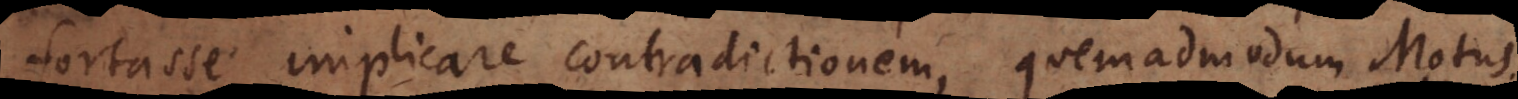
fortasse implicare contradictionem, quemadmodum Motus